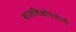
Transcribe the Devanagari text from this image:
बालशिक्षोपयोगी